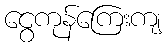
ငွေကုန်ကြေးကျ